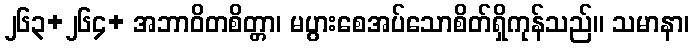
၂၆၃+၂၆၄+ အဘာဝိတစိတ္တာ၊ မပွားစေအပ်သောစိတ်ရှိကုန်သည်။ သမာနာ၊